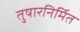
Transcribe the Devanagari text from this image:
तुषारनिर्मित